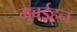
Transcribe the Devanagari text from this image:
मुबईहून